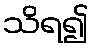
သိရ၍